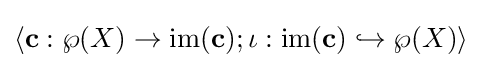
\langle \mathbf {c} :\wp (X)\to \mathrm {im} (\mathbf {c} );\iota :\mathrm {im} (\mathbf {c} )\hookrightarrow \wp (X)\rangle